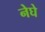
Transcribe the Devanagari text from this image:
नेघे